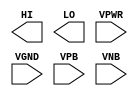
module sky130_fd_sc_ms__conb (
    HI  ,
    LO  ,
    VPWR,
    VGND,
    VPB ,
    VNB
);

    output HI  ;
    output LO  ;
    input  VPWR;
    input  VGND;
    input  VPB ;
    input  VNB ;
endmodule